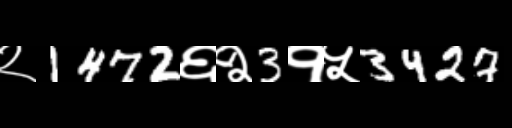
Text: २1472६२3१५3427